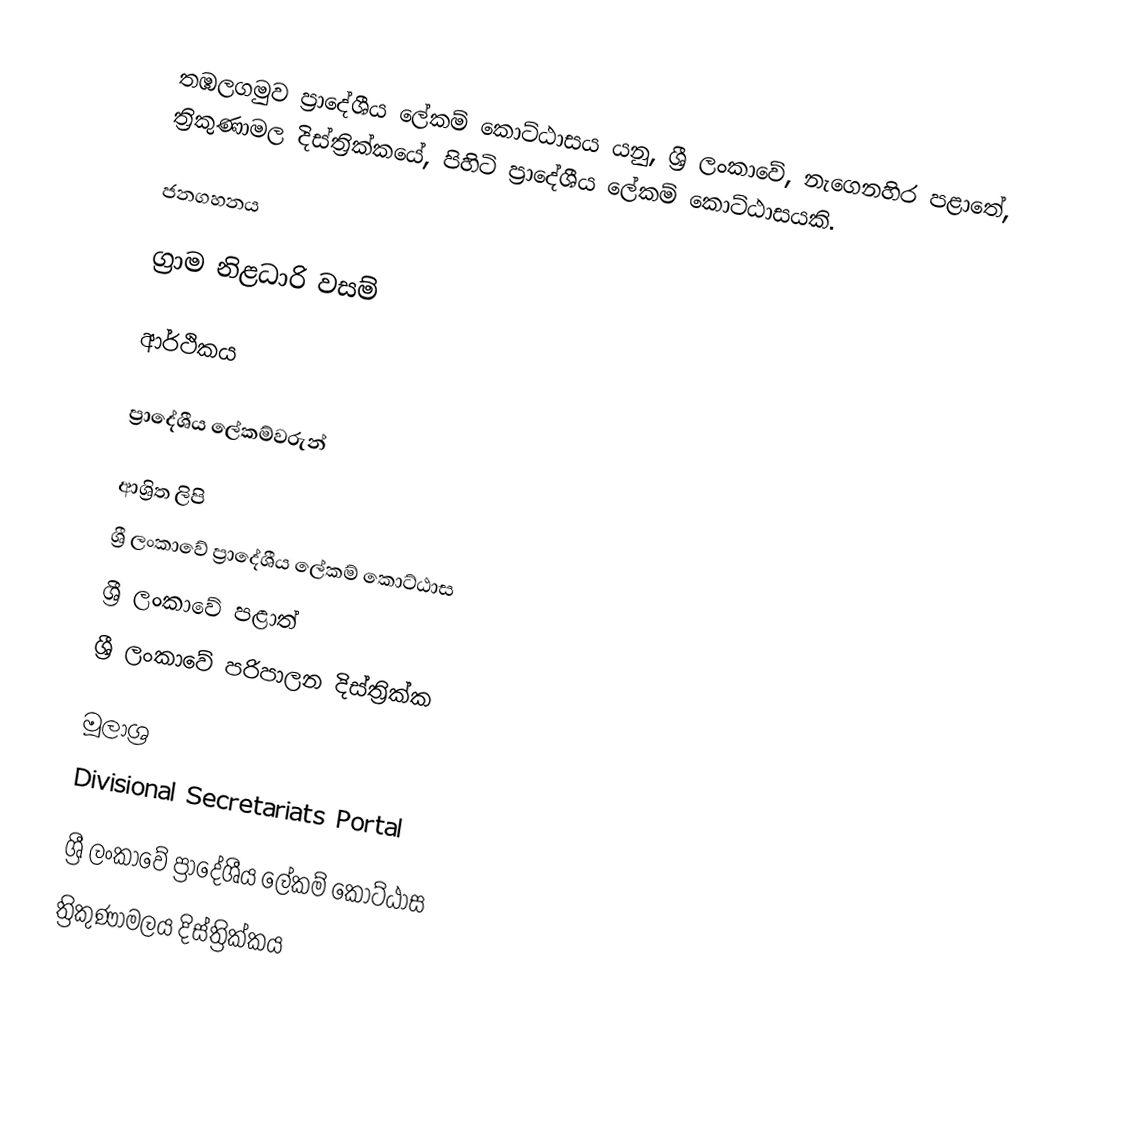
තඹලගමුව ප්‍රාදේශීය ලේකම් කොට්ඨාසය යනු,  ශ්‍රී ලංකාවේ, නැගෙනහිර පළාතේ,   ත්‍රිකුණාමල දිස්ත්‍රික්කයේ, පිහිටි ප්‍රාදේශීය ලේකම් කොට්ඨාසයකි.

ජනගහනය

ග්‍රාම නිළධාරි වසම්

ආර්ථිකය

ප්‍රාදේශීය ලේකම්වරුන්

ආශ්‍රිත ලිපි
ශ්‍රී ලංකාවේ ප්‍රාදේශීය ලේකම් කොට්ඨාස
ශ්‍රී ලංකාවේ පළාත්
ශ්‍රී ලංකාවේ පරිපාලන දිස්ත්‍රික්ක

මූලාශ්‍ර
 Divisional Secretariats Portal

ශ්‍රී ලංකාවේ ප්‍රාදේශීය ලේකම් කොට්ඨාස
ත්‍රිකුණාමලය දිස්ත්‍රික්කය